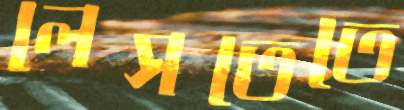
লেসতেতে